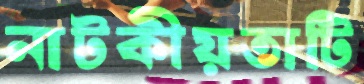
নাটকীয়তাটি